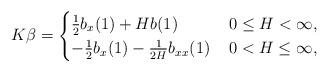
LaTeX: \begin{align*}K\beta = \begin{cases}\frac{1}{2}b_{x}(1)+Hb(1)&\, 0\leq H<\infty, \\ -\frac{1}{2}b_{x}(1)-\frac{1}{2H}b_{xx}(1)&\, 0<H\leq\infty,\end{cases}\end{align*}